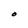
Character: O